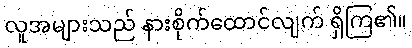
လူအများသည် နားစိုက်ထောင်လျက် ရှိကြ၏။